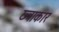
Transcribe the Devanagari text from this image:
छ्त्राकार